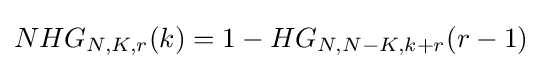
NHG_{N,K,r}(k)=1-HG_{N,N-K,k+r}(r-1)